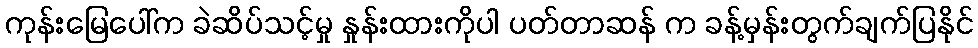
ကုန်းမြေပေါ်က ခဲဆိပ်သင့်မှု နှုန်းထားကိုပါ ပတ်တာဆန် က ခန့်မှန်းတွက်ချက်ပြနိုင်